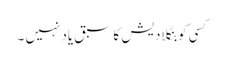
کسی کو بنگلادیش کا سبق یاد نہیں ۔